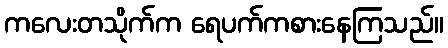
ကလေးတသိုက်က ရေပက်ကစားနေကြသည်။